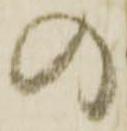
の